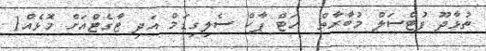
ތުޅާދޫ ފުޓްސަލް މުބާރާތް  ހަޓް ޕާކް ސެލިގިޑަމް އަދި ޓާގެޓްއަށް މޮޅެއް1